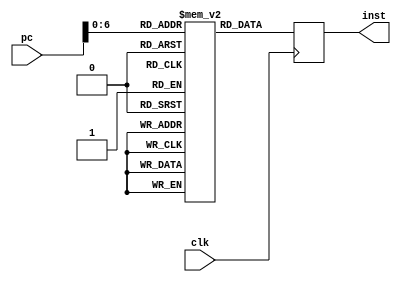
module InstructionMemory(inst,pc,clk);
input clk;
input [31:0] pc;
output [31:0] inst;
reg [31:0] inst;

reg [31:0] memdata [127:0];

initial
        begin
        //128 memdatas to be added here, each of 32 bits, but for sake of simplicity, only added 7 memdatas

      
		memdata[0] <= 32'h8c060000; // add r1,r1,r1
		memdata[1] <= 32'h8c050001;
		memdata[2] <= 32'h00661820;
		memdata[3] <= 32'h00a12822; // add r1,r1,r1
		memdata[4] <= 32'h0005102a; // add r1,r1,r1
		memdata[5] <= 32'h1022fffc; // add r1,r1,r1
		memdata[6] <= 32'hac630000; // lw r1,0(r0)
		memdata[16] <= 0; // add r1,r1,r1
		memdata[17] <= 0; // sw r1,0(r0)
		memdata[7] <= 0; // add r1,r1,r1
		memdata[8] <= 0; // slt r2, r15, r1
		memdata[9] <= 0; // beq r2,r0, -3
		memdata[10] <= 0; // beq r2,r0, -3
		memdata[11] <= 0;
		memdata[12] <= 0;
		memdata[13] <= 0;
		memdata[14] <= 0;
		memdata[15] <= 0;
        //memdata[7] = 32'b00000000000000010001000000100000;
        //memdata[8] = 32'b00000000000000010001000000100000;
        //memdata[9] = 32'b00000000000000010001000000100000;

        end

always @(posedge clk)
        begin
		
                inst = memdata[pc];
        end

endmodule